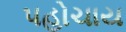
પહોચાય